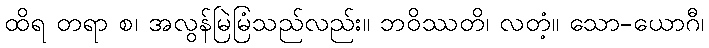
ထိရ တရာ စ၊ အလွန်မြဲမြံသည်လည်း။ ဘဝိဿတိ၊ လတံ့။ သော-ယောဂီ၊